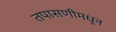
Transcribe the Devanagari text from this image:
तपासणीमधून